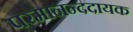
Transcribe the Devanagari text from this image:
परमानन्ददायक